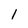
Character: 1